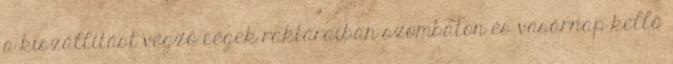
a kiszállítást végző cégek raktáraiban szombaton és vasárnap kellő